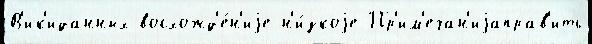
В'ик'иданных восхожд'е́н'иjе н'и́зкоjе Пр'им'ечан'иjаправ'ить